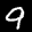
Label: 9